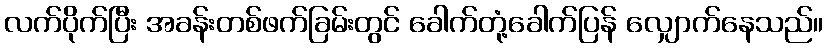
လက်ပိုက်ပြီး အခန်းတစ်ဖက်ခြမ်းတွင် ခေါက်တုံ့ခေါက်ပြန် လျှောက်နေသည်။